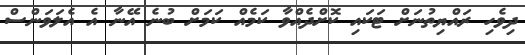
ދިވެހި ރައްޔިތުނަށް ޓަކައި ކޮށްދެއްވާ ކަމެއް ކަމަށް ބުނެ އޭނާ އެ އެލަވަންސް